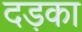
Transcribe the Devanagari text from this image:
दड़का